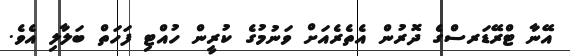
އޭނާ ޓްރޭޑަރސްގެ ދޮރުން އެތެރެއަށް ވަނުމުގެ ކުރީން ހުއްޓި ފަހަތް ބަލާލި އެވެ.